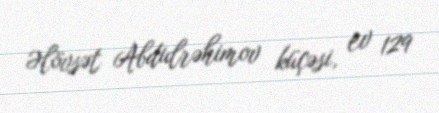
Əlövsət Abdulrəhimov küçəsi, ev 129